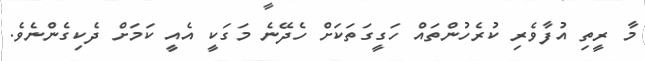
މާ ރީތި އުފާވެރި ކުރެހުންތައް ހަގީގަތަކަށް ހެދޭނެ މަގަކީ އެއީ ކަމަށް ދެކިގެންނެވެ.